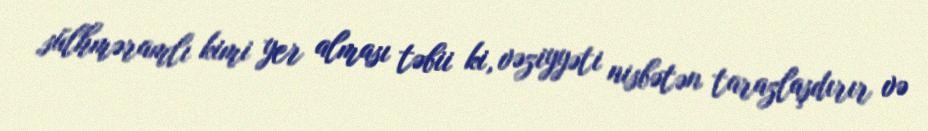
sülhməramlı kimi yer alması təbii ki, vəziyyəti nisbətən tarazlaşdırır və